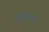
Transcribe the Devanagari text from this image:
दृष्टिबद्ध